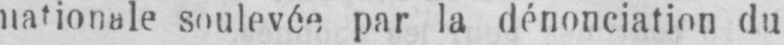
soulevée par la dénonciation du